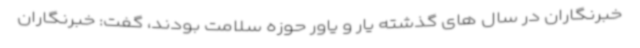
خبرنگاران در سال های گذشته یار و یاور حوزه سلامت بودند، گفت: خبرنگاران